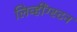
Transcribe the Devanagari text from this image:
लिव्हींग्स्टन